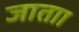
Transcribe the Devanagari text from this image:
जाताा